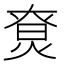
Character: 𤊽